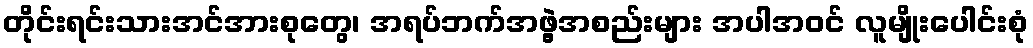
တိုင်းရင်းသားအင်အားစုတွေ၊ အရပ်ဘက်အဖွဲ့အစည်းများ အပါအဝင် လူမျိုးပေါင်းစုံ